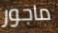
ماجور